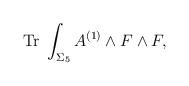
LaTeX: \begin{align*}{\rm Tr}\;\int_{\Sigma_{5}}A^{(1)} \wedge F \wedge F,\end{align*}